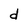
Character: d